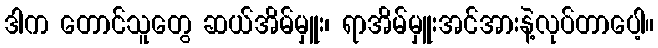
ဒါက တောင်သူတွေ ဆယ်အိမ်မှူး၊ ရာအိမ်မှူးအင်အားနဲ့လုပ်တာပေါ့။